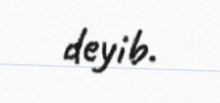
deyib.